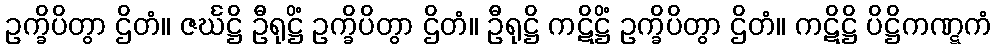
ဥက္ခိပိတွာ ဌိတံ။ ဇင်္ဃဋ္ဌိ ဦရုဋ္ဌိံ ဥက္ခိပိတွာ ဌိတံ။ ဦရုဋ္ဌိ ကဋိဋ္ဌိံ ဥက္ခိပိတွာ ဌိတံ။ ကဋိဋ္ဌိ ပိဋ္ဌိကဏ္ဋကံ